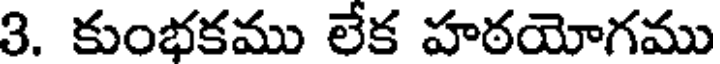
3. కుంభకము లేక హఠయోగము